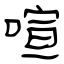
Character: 喧